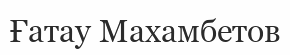
Ғатау Махамбетов